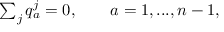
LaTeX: \begin{array} { l c r } { { \sum _ { j } q _ { a } ^ { j } = 0 , \qquad a = 1 , . . . , n - 1 , } } \end{array}